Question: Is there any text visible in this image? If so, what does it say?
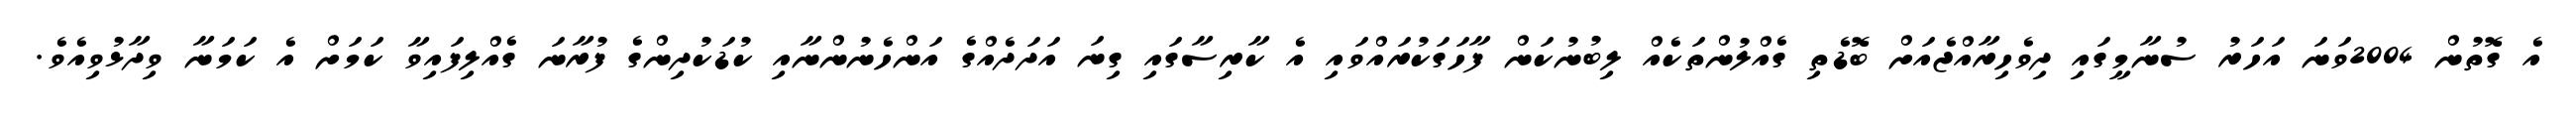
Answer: އެ ގޮތުން 2004ވަނަ އަހަރު ސުނާމީގައި ދިވެހިރާއްޖެއަށް ބޮޑެތި ގެއްލުންތަކެއް ލިބުނުކަން ފާހަގަކުރައްވައި އެ ކާރިސާގައި ގިނަ އަދަދެއްގެ އަންހެނުންނާއި ކުޑަކުދިންގެ ފުރާނަ ގެއްލިފައިވާ ކަމަށް އެ ކަމަނާ ވިދާޅުވިއެވެ.